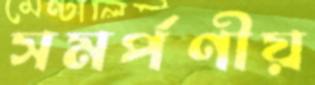
সমর্পণীয়